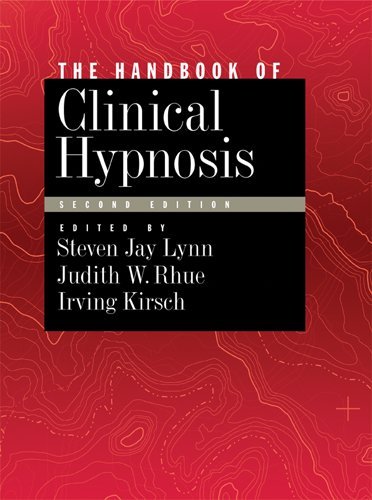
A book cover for Handbook of Clinical Hypnosis (Dissociation, Trauma, Memory, and Hypnosis); Health, Fitness & Dieting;